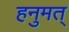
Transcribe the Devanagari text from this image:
हनुमत्